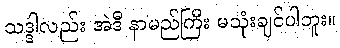
သဒ္ဒါလည်း အဲဒီ နာမည်ကြီး မသုံးချင်ပါဘူး။